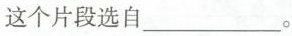
这个片段选自___。